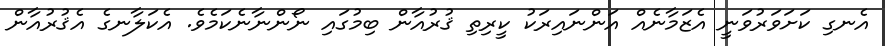
އެނގި ކަށަވަރުވަނީ އެޒަމާނެއް އަންނައިރަކު ކީރިތި ޤުރުއާން ބިމުގައި ނޯންނާނެކަމެވެ. އެކަލާނގެ އެޤުރުއާން